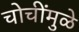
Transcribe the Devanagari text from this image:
चोचींमुळे